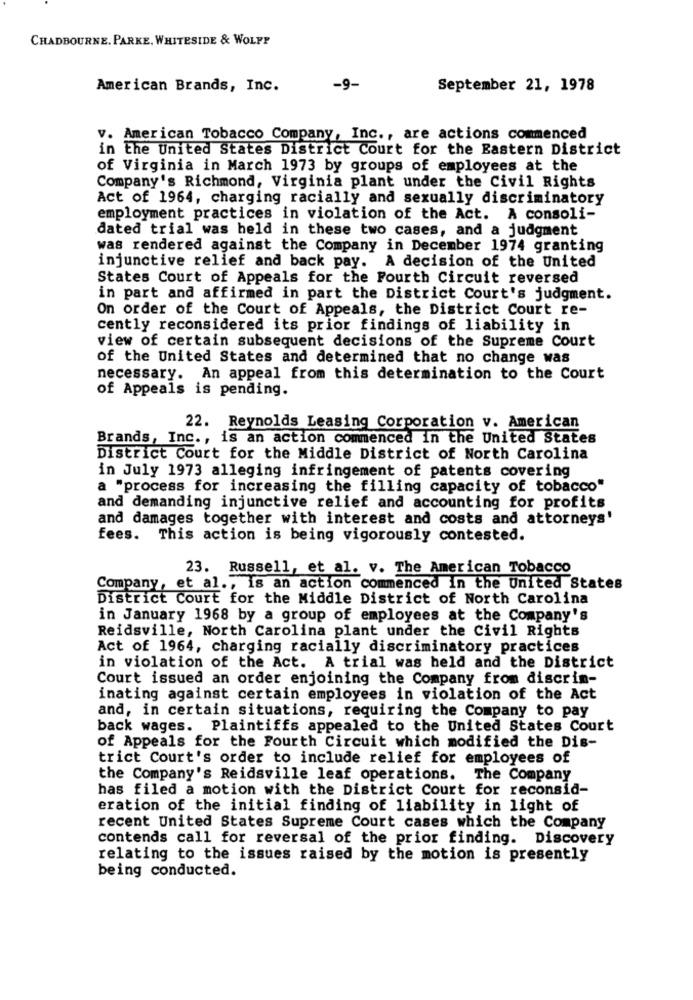
CHADBOURNE, PARKE, WHITESIDE & WOLFF
American Brands, Inc.
-9-
September 21, 1978
V. American Tobacco Company, Inc ., are actions commenced
in the United States District Court for the Eastern District
of Virginia in March 1973 by groups of employees at the
Company's Richmond, Virginia plant under the Civil Rights
Act of 1964, charging racially and sexually discriminatory
employment practices in violation of the Act. A consoli-
dated trial was held in these two cases, and a judgment
was rendered against the Company in December 1974 granting
injunctive relief and back pay. A decision of the United
States Court of Appeals for the Fourth Circuit reversed
in part and affirmed in part the District Court's judgment.
On order of the Court of Appeals, the District Court re-
cently reconsidered its prior findings of liability in
view of certain subsequent decisions of the Supreme Court
of the United States and determined that no change was
necessary. An appeal from this determination to the Court
of Appeals is pending.
22. Reynolds Leasing Corporation v. American
Brands, Inc ., is an action commenced in the United States
District Court for the Middle District of North Carolina
in July 1973 alleging infringement of patents covering
a "process for increasing the filling capacity of tobacco"
and demanding injunctive relief and accounting for profits
and damages together with interest and costs and attorneys'
fees. This action is being vigorously contested.
23. Russell, et al. v. The American Tobacco
Company, et al ., is an action commenced in the United States
District Court for the Middle District of North Carolina
in January 1968 by a group of employees at the Company's
Reidsville, North Carolina plant under the Civil Rights
Act of 1964, charging racially discriminatory practices
in violation of the Act. A trial was held and the District
Court issued an order enjoining the Company from discrim-
inating against certain employees in violation of the Act
and, in certain situations, requiring the Company to pay
back wages. Plaintiffs appealed to the United States Court
of Appeals for the Fourth Circuit which modified the Dis-
trict Court's order to include relief for employees of
the Company's Reidsville leaf operations. The Company
has filed a motion with the District Court for reconsid-
eration of the initial finding of liability in light of
recent United States Supreme Court cases which the Company
contends call for reversal of the prior finding. Discovery
relating to the issues raised by the motion is presently
being conducted.